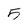
Character: 5